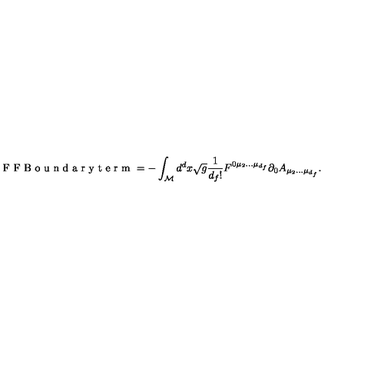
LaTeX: \textnormal { F F B o u n d a r y t e r m } = - \int _ { \cal M } d ^ { d } x \sqrt g \frac { 1 } { d _ { f } ! } F ^ { 0 \mu _ { 2 } . . . \mu _ { d _ { f } } } \partial _ { 0 } A _ { \mu _ { 2 } . . . \mu _ { d _ { f } } } .